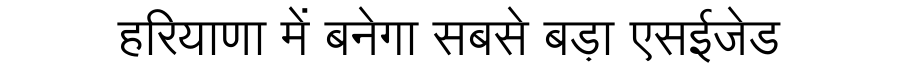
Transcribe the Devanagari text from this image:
हरियाणा में बनेगा सबसे बड़ा एसईजेड